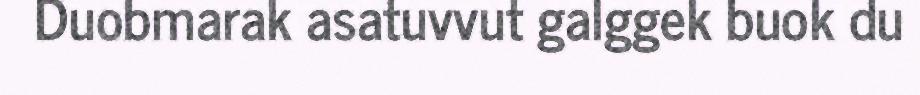
Duobmarak asatuvvut galggek buok du